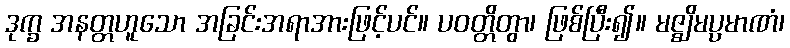
ဒုက္ခ အနတ္တဟူသော အခြင်းအရာအားဖြင့်ပင်။ ပဝတ္တိတွာ၊ ဖြစ်ပြီး၍။ မဇ္ဈိမပ္ပမာဏံ၊